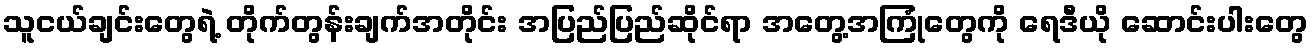
သူငယ်ချင်းတွေရဲ့ တိုက်တွန်းချက်အတိုင်း အပြည်ပြည်ဆိုင်ရာ အတွေ့အကြုံတွေကို ရေဒီယို ဆောင်းပါးတွေ